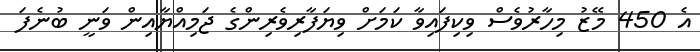
އެ 450 މޭޒު މިހާރުވެސް ވިކިފައިވާ ކަމަށް ވިޔަފާރިވެރިންގެ ޖަމިއްޔާއިން ވަނީ ބުނެފަ